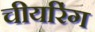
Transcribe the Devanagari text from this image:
चीयरिंग